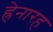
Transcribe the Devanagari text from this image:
ह्रेनारह